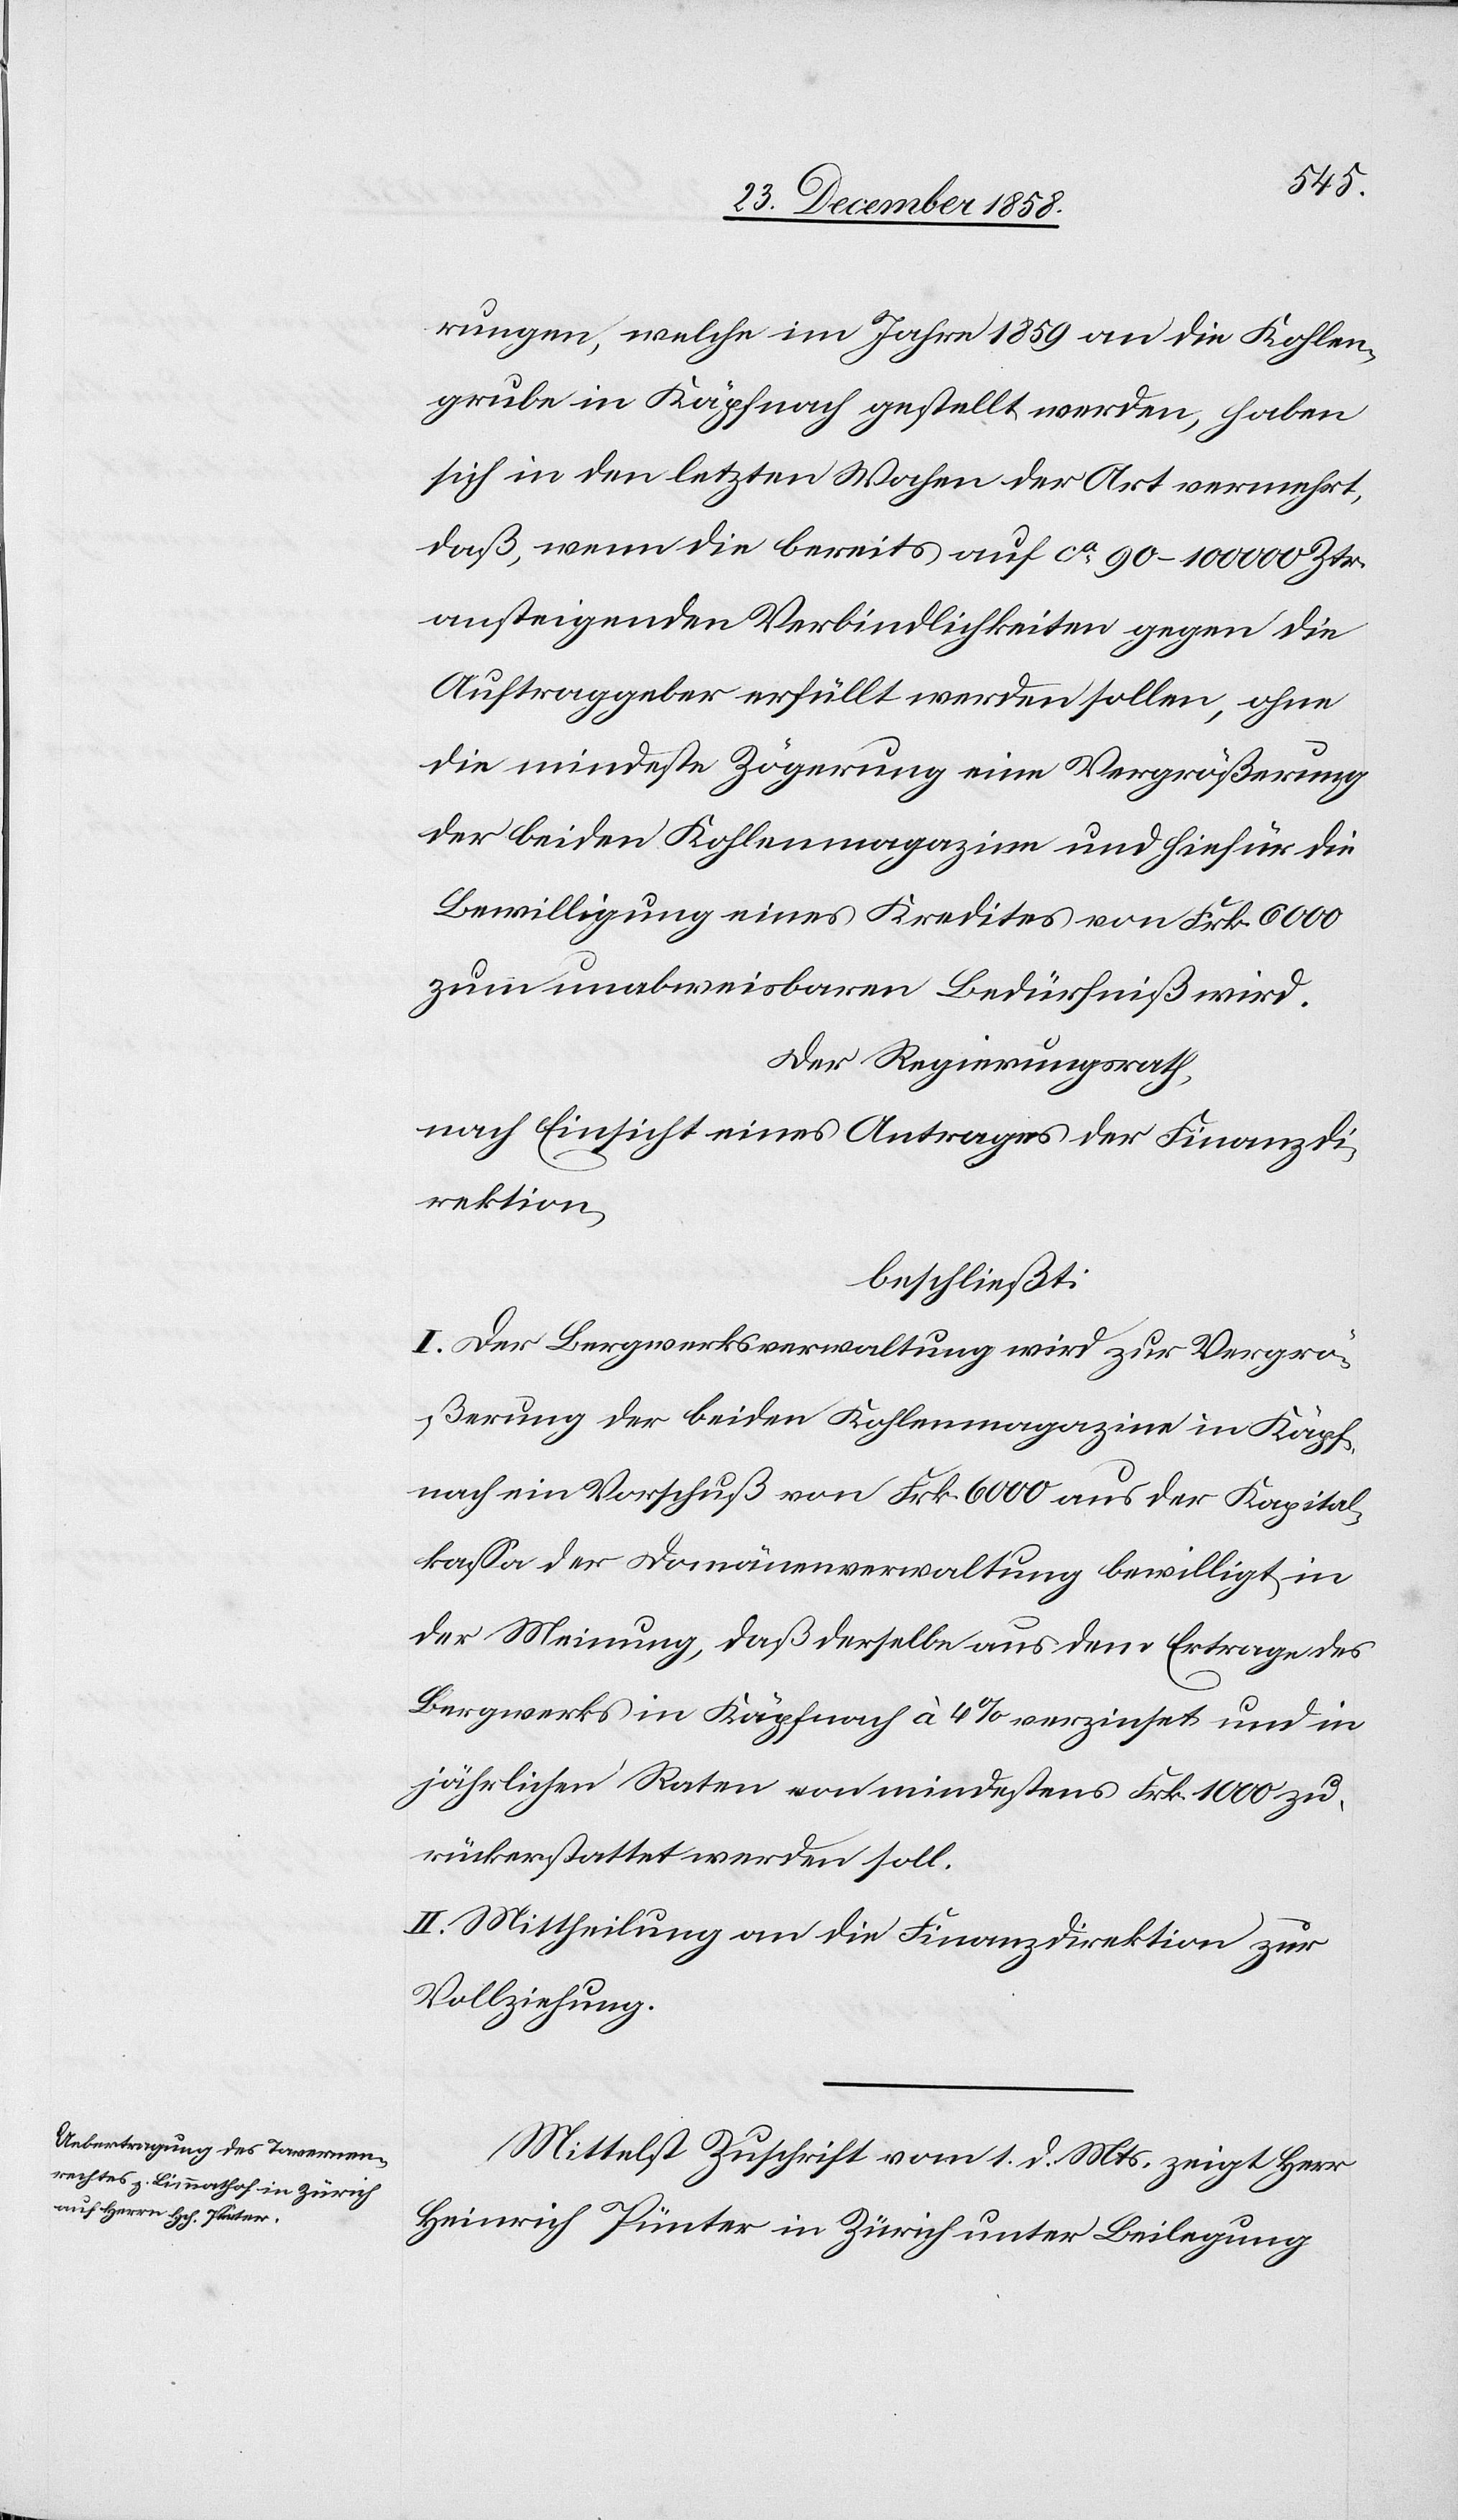
rungen, welche im Jahre 1859 an die Kohlen¬
grube in Käpfnach gestellt werden, haben
sich in den letzten Wochen der Art vermehrt,
daß, wenn die bereits auf ca 90–100 000 Ztr.
ansteigenden Verbindlichkeiten gegen die
Auftraggeber erfüllt werden sollen, ohne
die mindeste Zögerung eine Vergrößerung
der beiden Kohlenmagazine und hiefür die
Bewilligung eines Kredites von Frk. 6000
zum unabweisbaren Bedürfniß wird.
Der Regierungsrath,
nach Einsicht eines Antrages der Finanzdi¬
rektion,
beschließt:
I. Der Bergwerksverwaltung wird zur Vergrö¬
ßerung der beiden Kohlenmagazine in Käpf¬
nach ein Vorschuß von Frk. 6000 aus der Kapital¬
kassa der Domänenverwaltung bewilligt, in
der Meinung, daß derselbe aus dem Ertrage des
Bergwerks in Käpfnach à 4% verzinset und in
jährlichen Raten von mindestens Frk. 1000 zu¬
rückerstattet werden soll.
II. Mittheilung an die Finanzdirektion zur
Vollziehung.
Mittelst Zuschrift vom 1. d. Mts. zeigt Herr
Heinrich Pünter in Zürich unter Beilegung